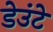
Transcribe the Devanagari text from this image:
डेउंटे